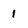
Character: 1